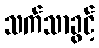
သက်သာခွင့်